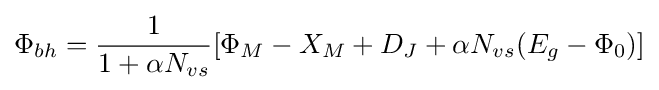
\Phi _{bh}={\frac {1}{1+\alpha N_{vs}}}[\Phi _{M}-X_{M}+D_{J}+\alpha N_{vs}(E_{g}-\Phi _{0})]